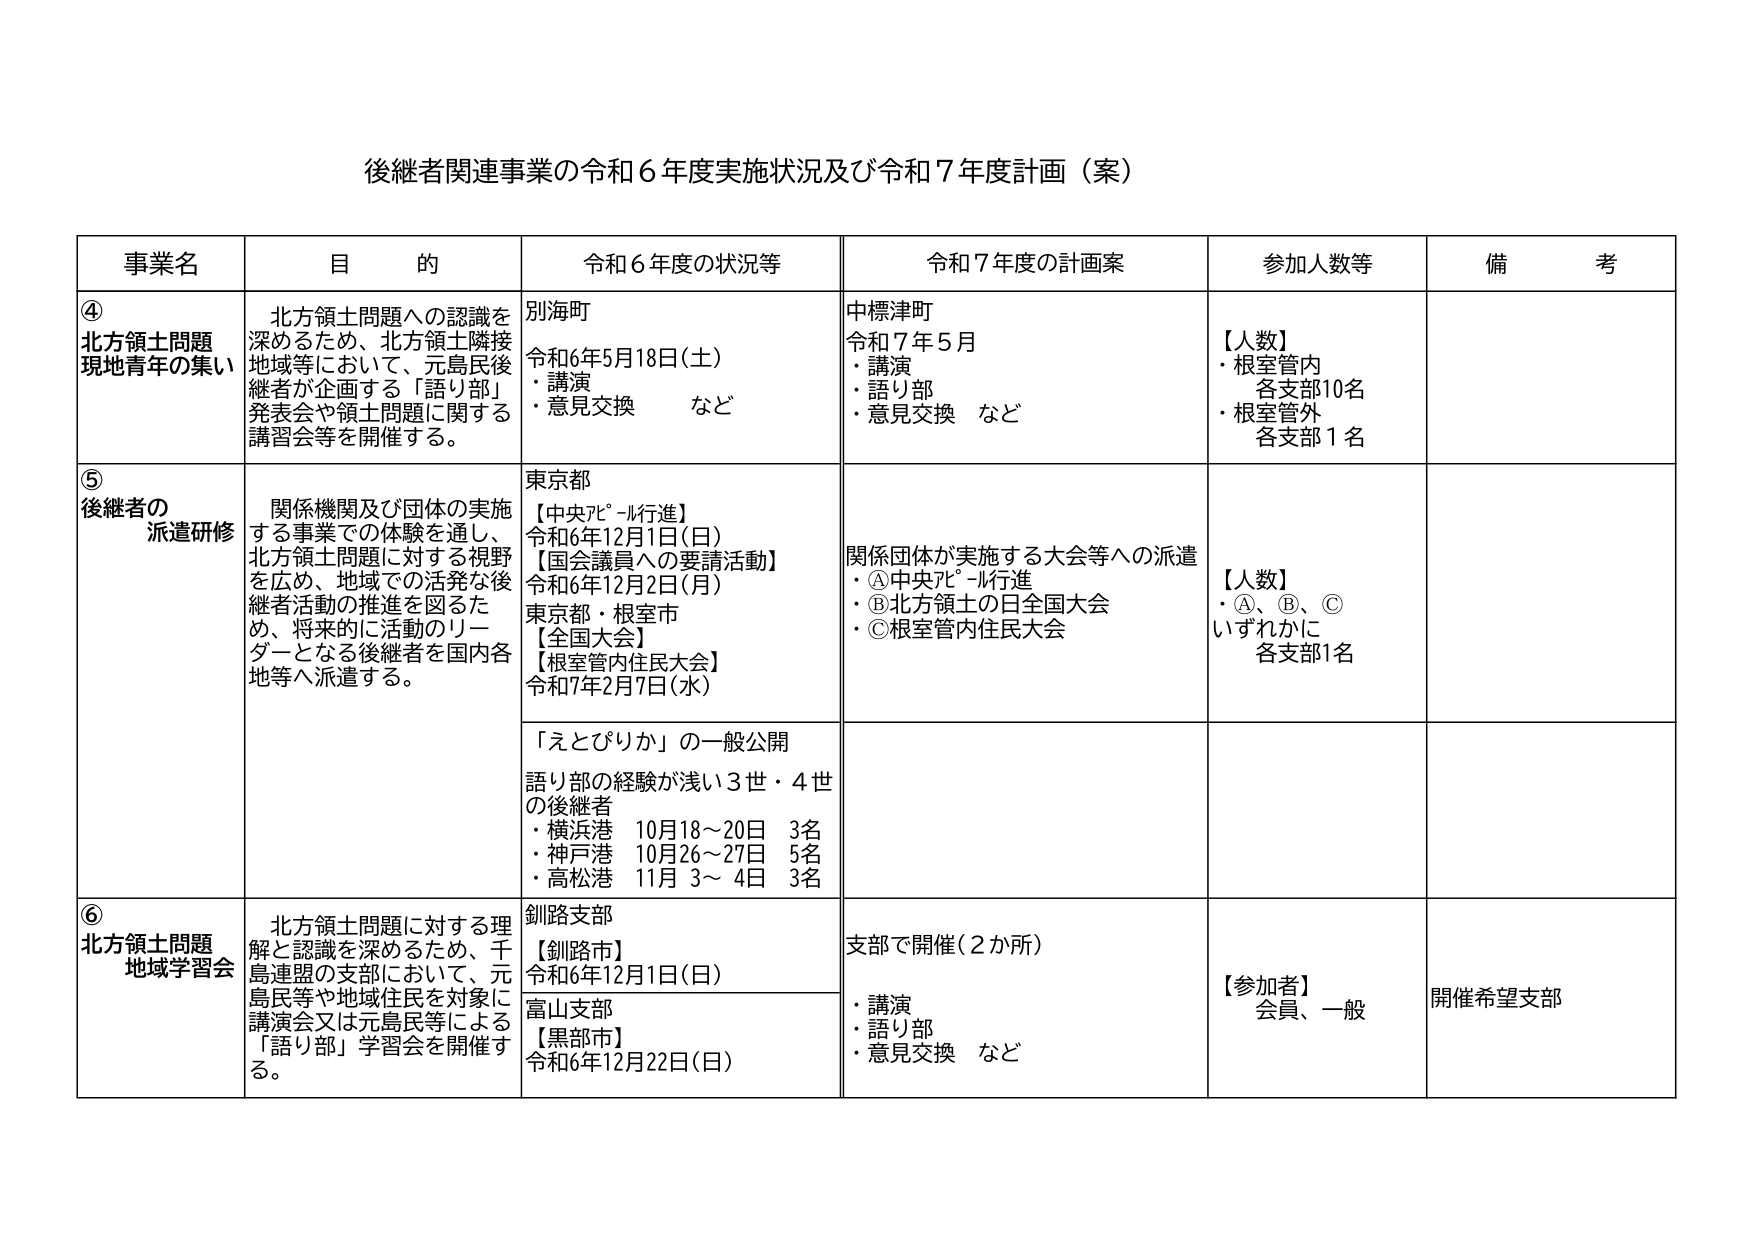
後継者関連事業の令和６年度実施状況及び令和７年度計画（案）

事業名　　　　　　　目的